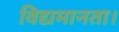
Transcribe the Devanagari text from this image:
विद्यमानता।